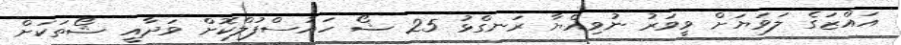
އައްޒަގެ ލަވަޔަށް ވީވަރު ނުވިއްޔާ ރަނގްޅު 25 ޝޯ ހައުސްފުލްކޮށް ވަދާއީ ޝޯތަކަށް